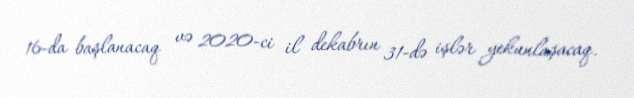
16-da başlanacaq və 2020-ci il dekabrın 31-də işlər yekunlaşacaq.